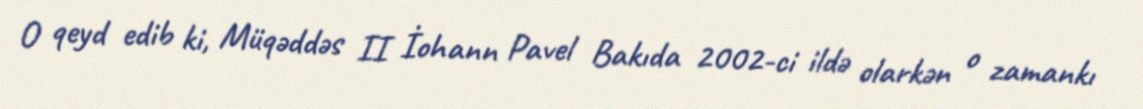
O qeyd edib ki, Müqəddəs II İohann Pavel Bakıda 2002-ci ildə olarkən o zamankı